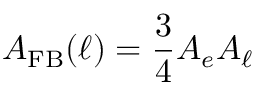
A _ { \mathrm { F B } } ( \ell ) = \frac { 3 } { 4 } A _ { e } A _ { \ell }